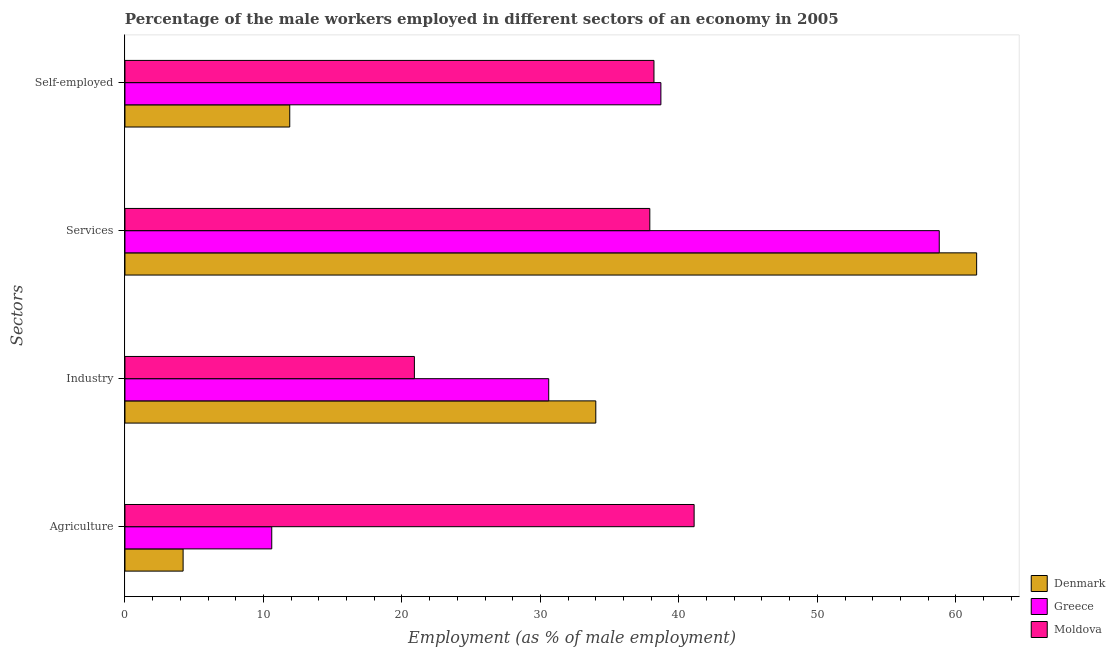
| Sectors | Denmark | Greece | Moldova |
 | --- | --- | --- | --- |
 | Agriculture | 4.2 | 10.6 | 41.1 |
 | Industry | 34 | 30.6 | 20.9 |
 | Services | 61.5 | 58.8 | 37.9 |
 | Self-employed | 11.9 | 38.7 | 38.2 |